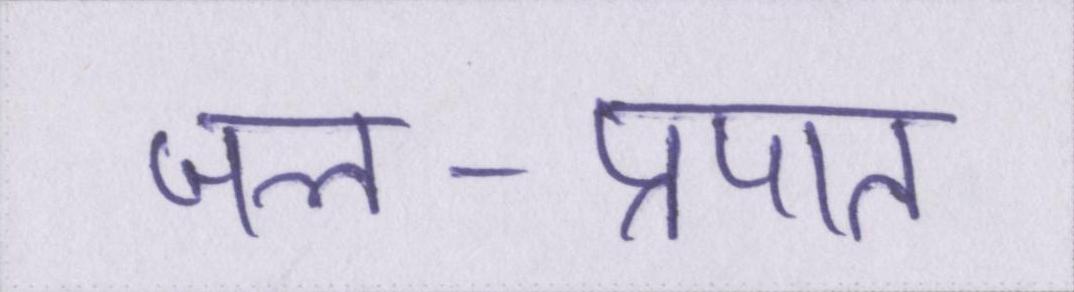
जल-प्रपात